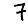
Digit: 7